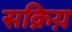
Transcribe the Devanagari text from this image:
सक्रिय़